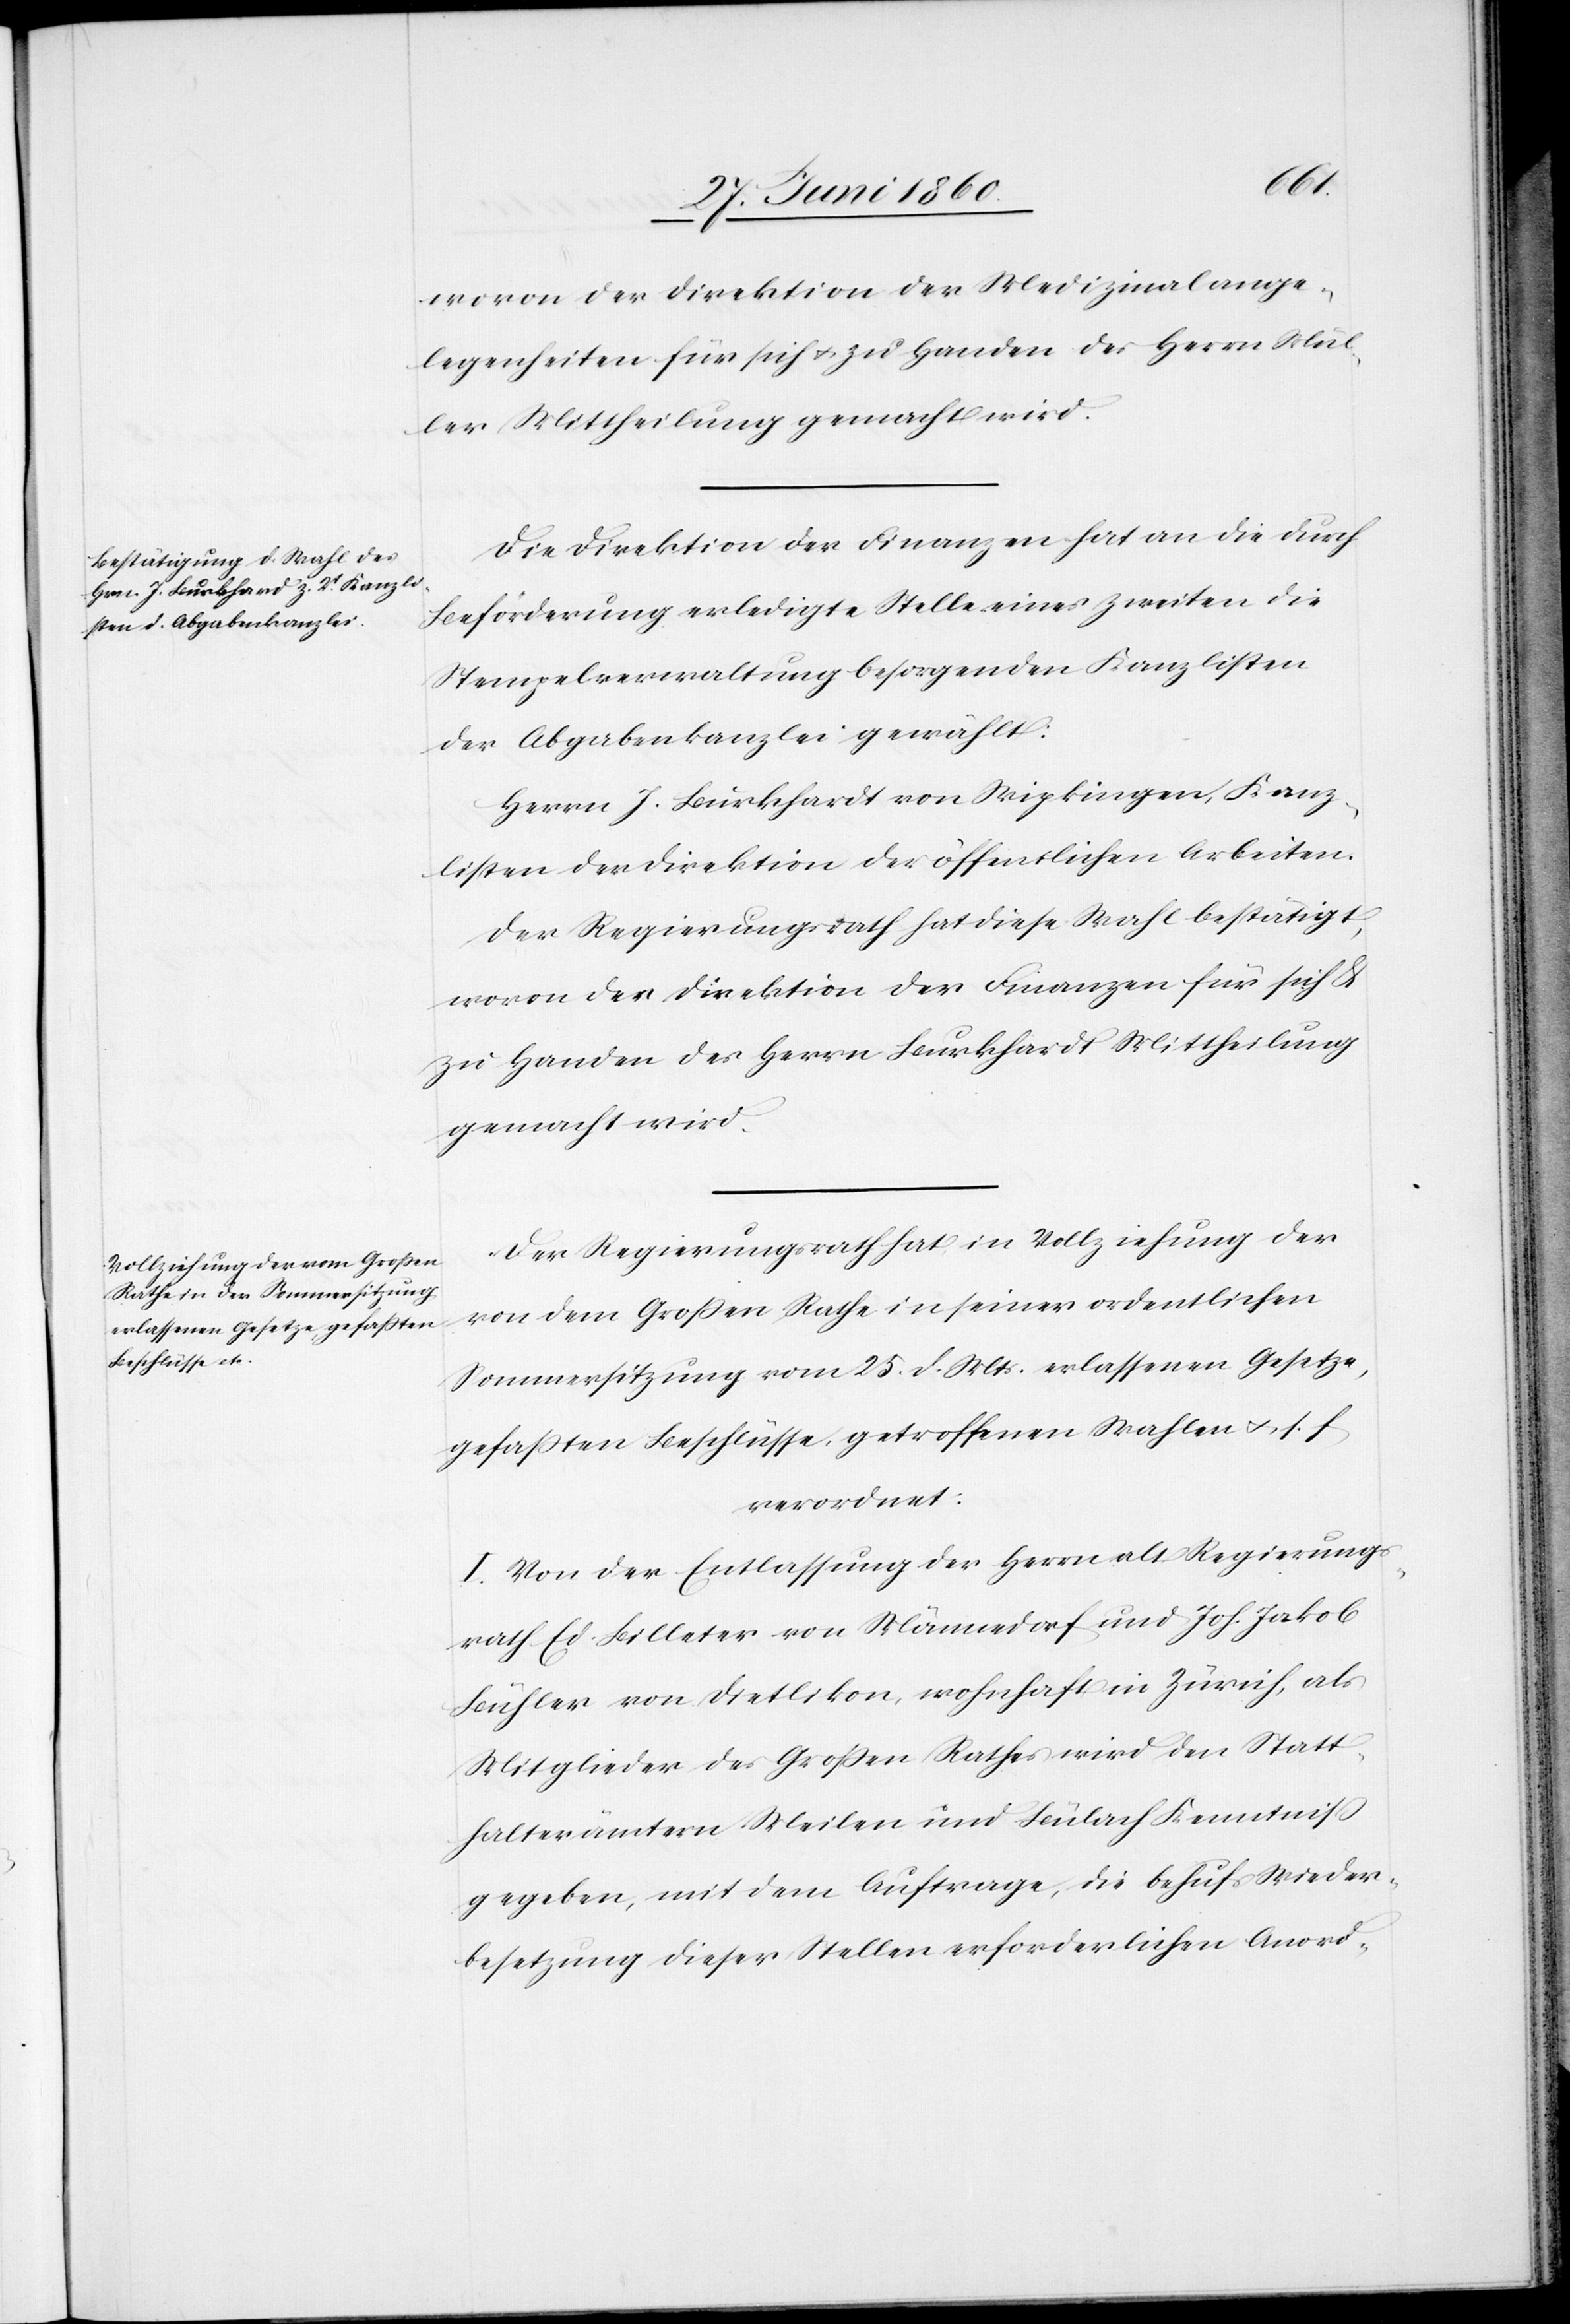
wovon der Direktion der Medizinalange¬
legenheiten für sich u. zu Handen des Herrn Mül¬
ler Mittheilung gemacht wird.
Die Direktion der Finanzen hat an die durch
Beförderung erledigte Stelle eines zweiten die
Stempelverwaltung besorgenden Kanzlisten
der Abgabenkanzlei gewählt:
Herrn J. Burkhardt [sic!] von Wipkingen, Kanz¬
listen der Direktion der öffentlichen Arbeiten.
Der Regierungsrath hat diese Wahl bestätigt,
wovon der Direktion der Finanzen für sich &
zu Handen des Herrn Burkhardt Mittheilung
gemacht wird.
Der Regierungsrath hat in Vollziehung der
von dem Grossen Rathe in seiner ordentlichen
Sommersitzung vom 25. d. Mts. erlassenen Gesetze,
gefassten Beschlüsse, getroffenen Wahlen u. s. f.,
verordnet:
I. Von der Entlassung der Herrn alt Regierungs¬
rath Ed. Billeter von Männedorf und Joh. Jakob
Bühler von Dietlikon, wohnhaft in Zürich, als
Mitglieder des Grossen Rathes wird den Statt¬
halterämtern Meilen und Bülach Kenntniss
gegeben, mit dem Auftrage, die behufs Wieder¬
besetzung dieser Stellen erforderlichen Anord-